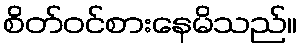
စိတ်ဝင်စားနေမိသည်။